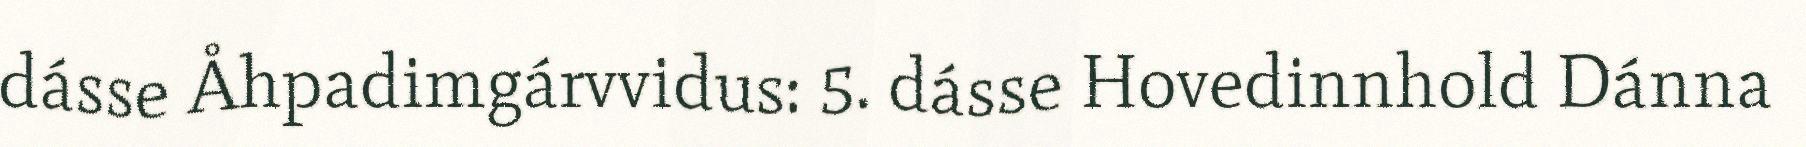
dásse Åhpadimgárvvidus: 5. dásse Hovedinnhold Dánna